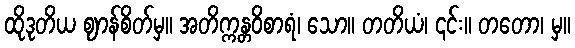
ထိုဒုတိယ ဈာန်စိတ်မှ။ အတိက္ကန္တဝိစာရံ၊ သော။ တတိယံ၊ ၎င်း။ တတော၊ မှ။